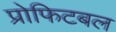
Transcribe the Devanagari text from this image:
प्रोफिटबल